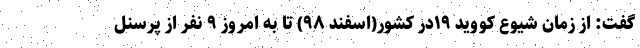
گفت: از زمان شیوع کووید ۱۹در کشور(اسفند ۹۸) تا به امروز ۹ نفر از پرسنل